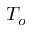
T _ { o }